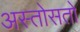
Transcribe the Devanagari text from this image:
अस्तोसतो